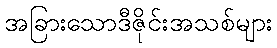
အခြားသောဒီဇိုင်းအသစ်များ